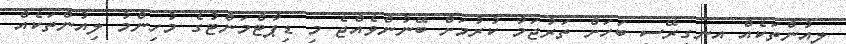
ލިއުންތަކެއް އިނގިރޭސި ބަހަށް ތަރުޖަމާ ކުރުމަށް ބޭނުންވެއްޖެ މި ޑިޕާޓްމަންޓުގެ މުހިންމު ލިއުންތަކެއް